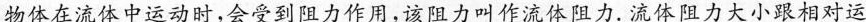
物体在流体中运动时，会受到阻力作用，该阻力叫作流体阻力.流体阻力大小跟相对运